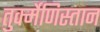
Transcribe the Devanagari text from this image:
तुर्क्मेणिस्तान